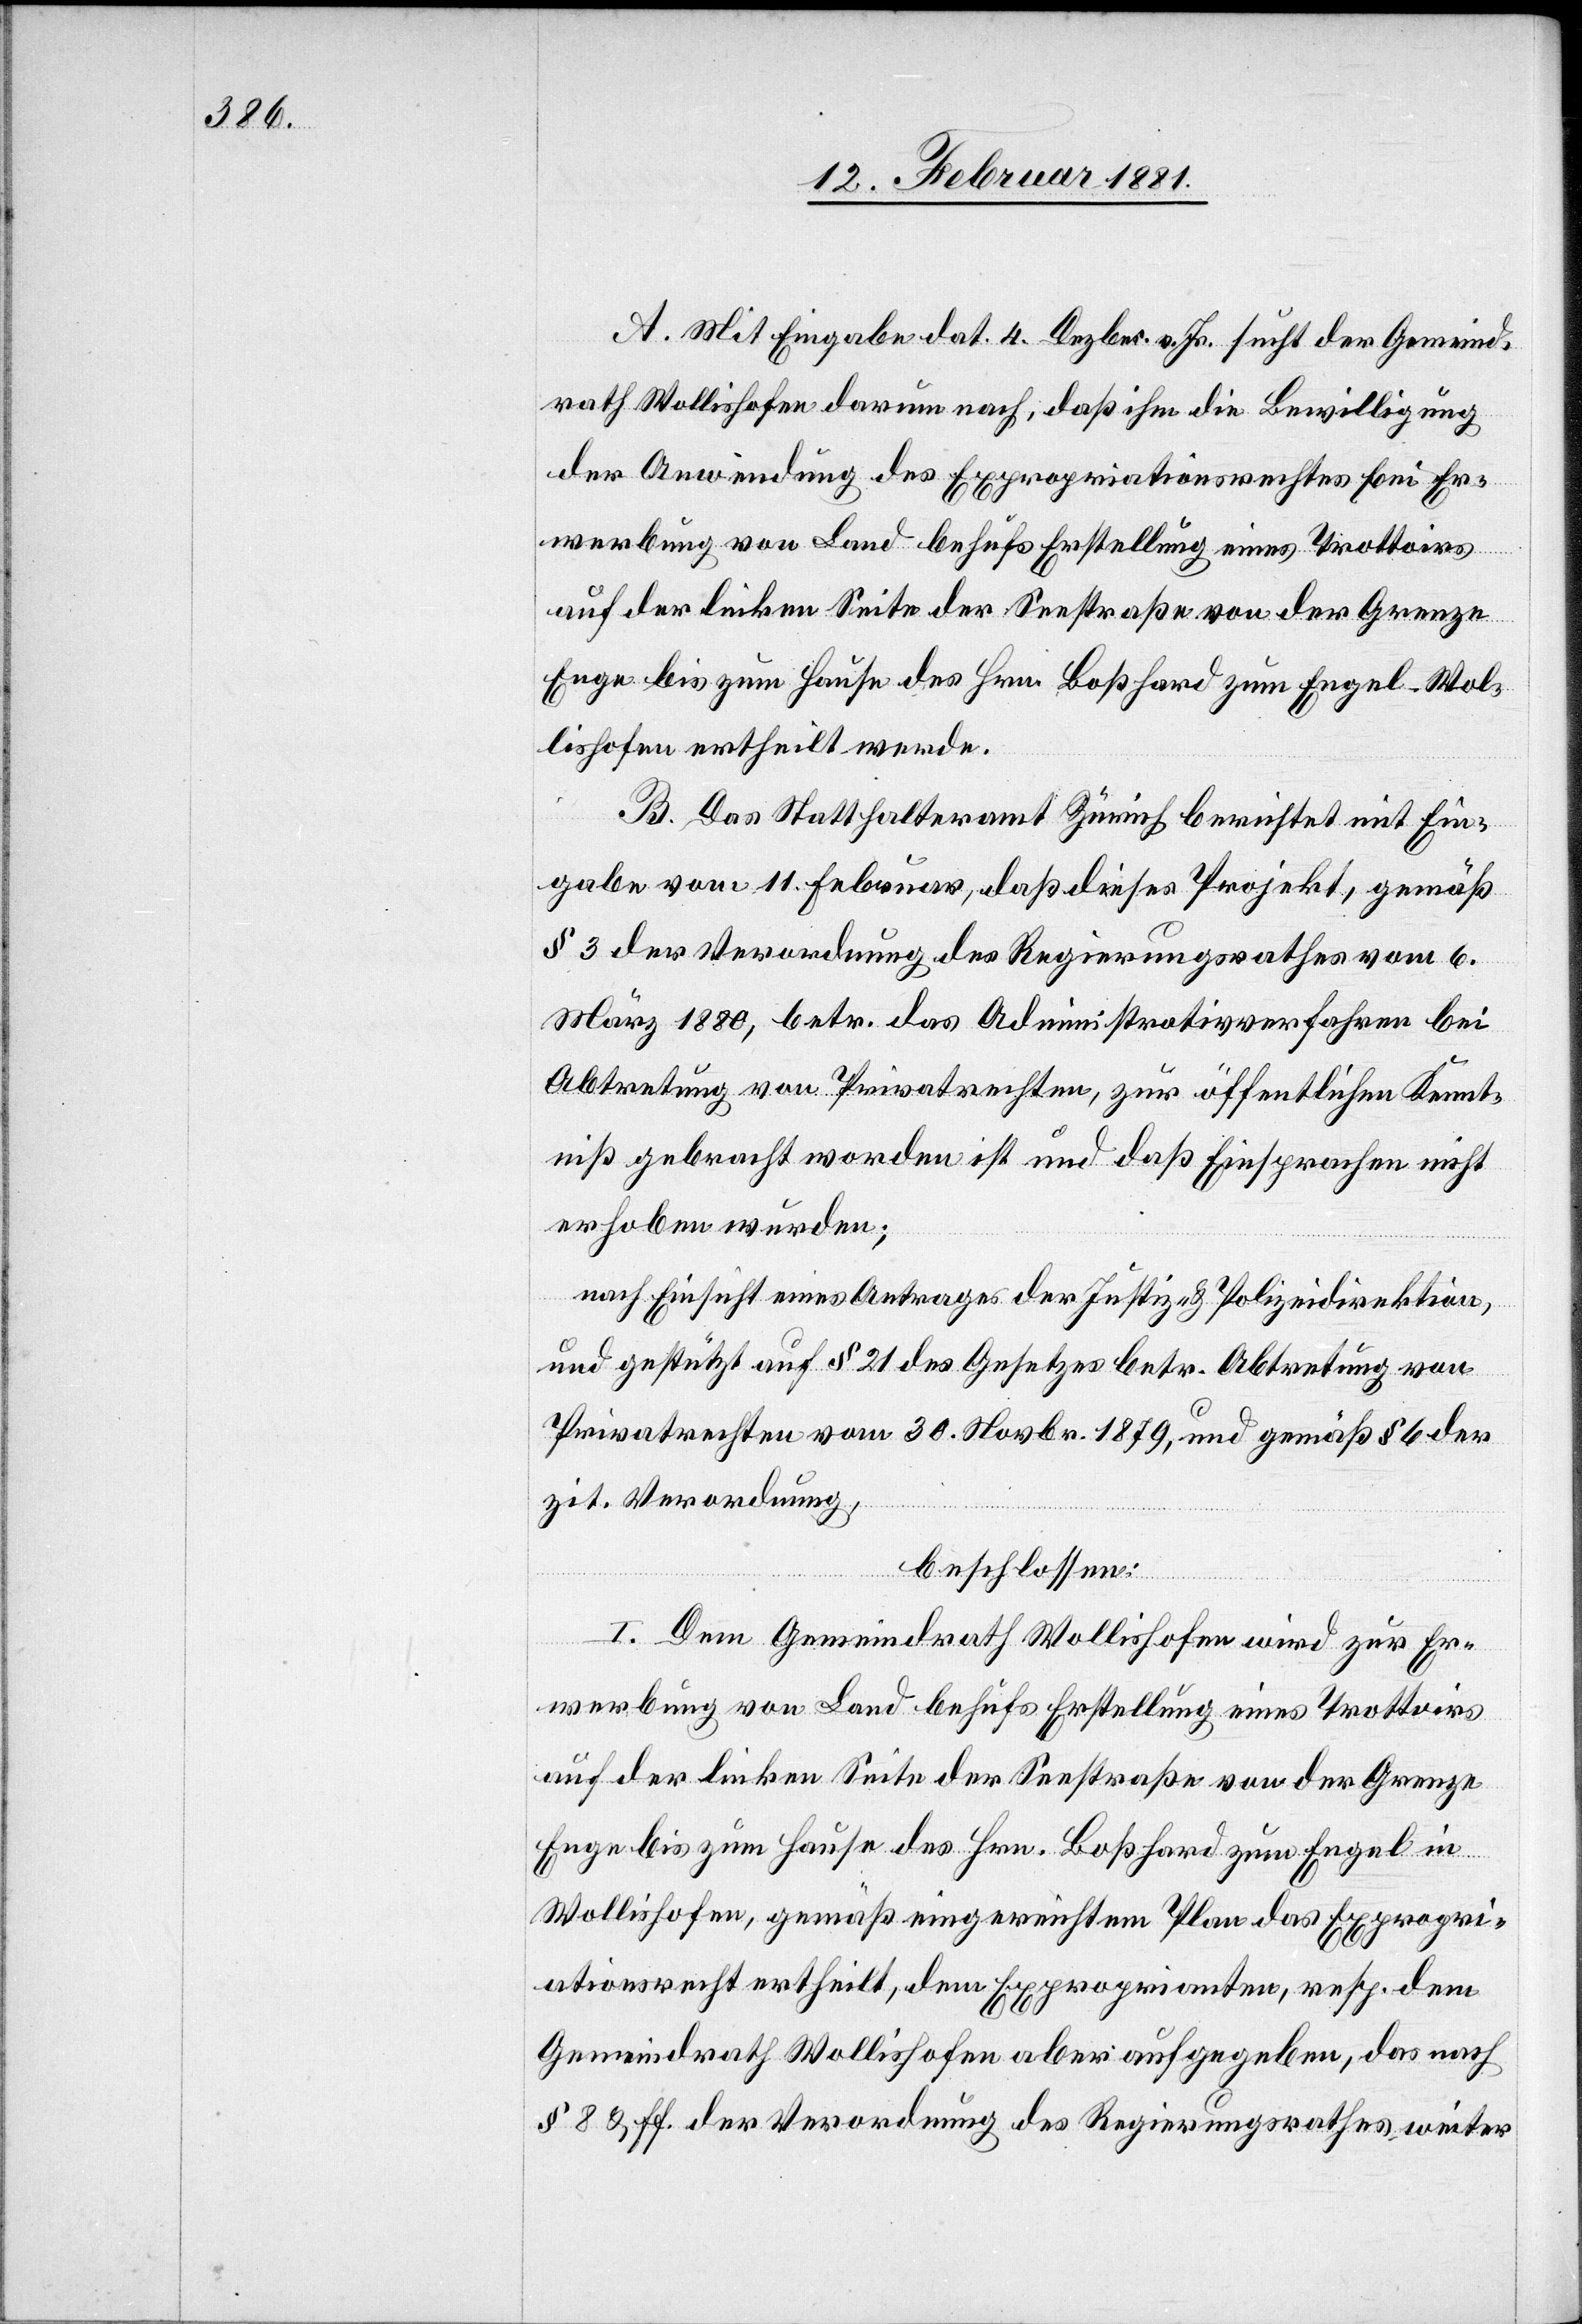
A. Mit Eingabe dat. 4. Dezber. v. Js. sucht der Gemeind¬
rath Wollishofen darum nach, daß ihm die Bewilligung
der Anwendung des Expropriationsrechtes bei Er¬
Enge bis zum Hause des Hrn. Boßhard zum Engel - Wol¬
lishofen ertheilt werde.
B. Das Statthalteramt Zürich berichtet mit Ein¬
gabe vom 11. Februar, daß dieses Projekt, gemäß
§ 3 der Verordnung des Regierungsrathes vom 6.
März 1880, betr. das Administrativverfahren bei
Abtretung von Privatrechten, zur öffentlichen Kennt¬
niß gebracht worden ist und daß Einsprachen nicht
erhoben wurden;
nach Einsicht eines Antrages der Justiz- & Polizeidirektion,
und gestützt auf § 21 des Gesetzes betr. Abtretung von
Privatrechten vom 30. Novbr. 1879, und gemäß § 6 der
zit. Verordnung,
beschlossen:
I. Dem Gemeindrath Wollishofen wird zur Er¬
werbung von Land behufs Erstellung eines Trottoirs
auf der linken Seite der Seestraße von der Grenze
Enge bis zum Hause des Hrn. Boßhard zum Engel in
Wollishofen, gemäß eingereichtem Plan das Expropri¬
ationsrecht ertheilt, dem Exproprianten, resp. dem
Gemeindrath Wollishofen aber aufgegeben, das nach
§ 8 & ff der Verordnung des Regierungsrathes weiter